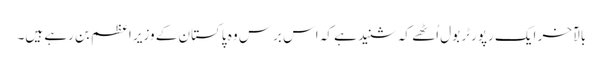
بالآخر ایک رپورٹر بول اُٹھے کہ شنید ہے کہ اس برس وہ پاکستان کے وزیر اعظم بن رہے ہیں۔